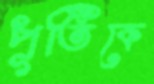
পূর্তিকে